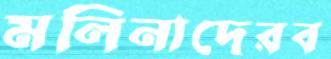
মলিনাদেরব